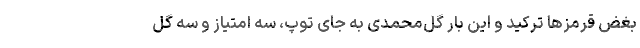
بغض قرمزها ترکید و این بار گل‌محمدی به جای توپ، سه امتیاز و سه گل